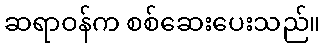
ဆရာဝန်က စစ်ဆေးပေးသည်။